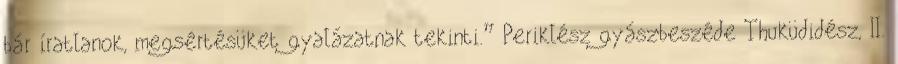
bár íratlanok, megsértésüket gyalázatnak tekinti.” Periklész gyászbeszéde Thuküdidész, II.